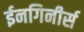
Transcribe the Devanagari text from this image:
ईनगिनीर्स